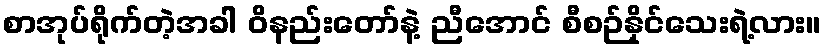
စာအုပ်ရိုက်တဲ့အခါ ဝိနည်းတော်နဲ့ ညီအောင် စီစဉ်နိုင်သေးရဲ့လား။